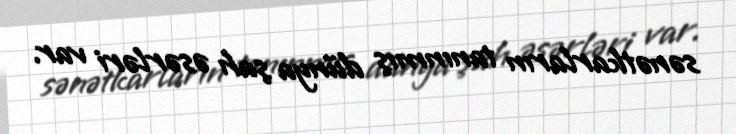
sənətkarların tanınmış dünya şah əsərləri var.